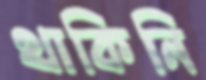
থাকিনি